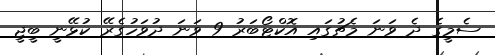
ސެމީގެ ދެ ވަނަ މެޗުގައި އޮކްޓޯބަރު 9 ވަނަ ދުވަހުގެރޭ ކުޅޭނީ ބީޖީ